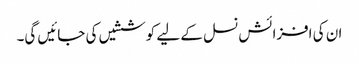
ان کی افزائش نسل کے لیے کوششیں کی جائیں گی۔